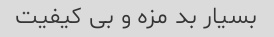
بسیار بد مزه و بی کیفیت